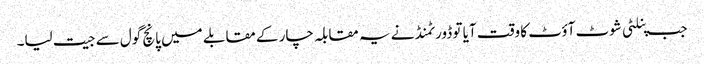
جب پنلٹی شوٹ آؤٹ کا وقت آیا تو ڈورٹمنڈ نے یہ مقابلہ چار کے مقابلے میں پانچ گول سے جیت لیا۔